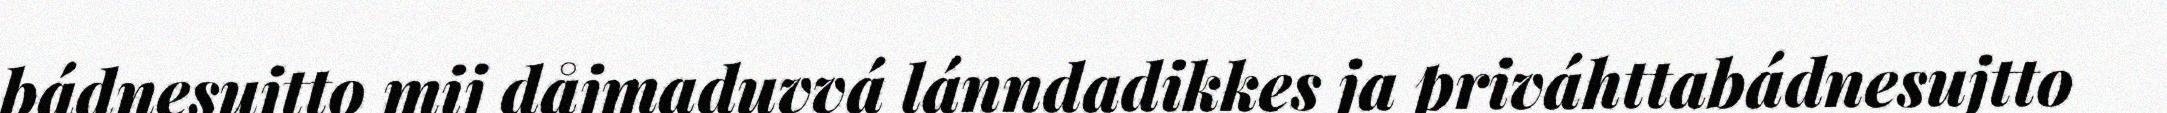
bádnesujtto mij dåjmaduvvá lánndadikkes ja priváhttabádnesujtto